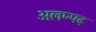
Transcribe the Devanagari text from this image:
अलप्पढ़